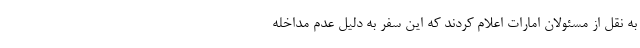
به نقل از مسئولان امارات اعلام کردند که این سفر به دلیل عدم مداخله